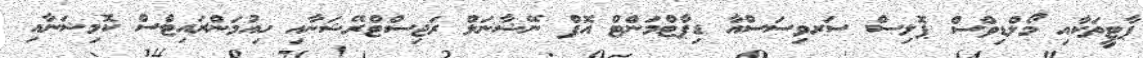
ޕާޓީތަކާއި މޯލްޑިވްސް ޕޮލިސް ސަރވިސަސްއާ ޑިޕާޓްމަންޓް އޮފް ނޭޝާނަލް ރަޖިސްޓްރޭޝަނާއި ހިއުމަންރައިޓްސް ކޮމިޝަނާއި